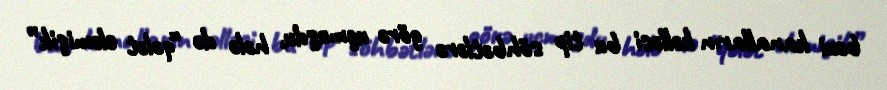
bəzi kanalların kəlləsi bu tip söhbətlərə görə uçmuşdu, hələ də “qələt eləmişik”